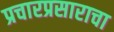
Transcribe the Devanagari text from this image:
प्रचारप्रसाराचा